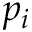
p _ { i }